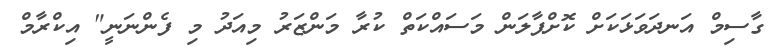
ގާސިމް އަނދަވަޅަކަށް ކޮށްޕާލަން މަސައްކަތް ކުރާ މަންޒަރު މިއަދު މި ފެންނަނީ" އިކްރާމް